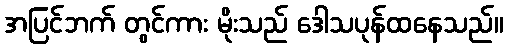
အပြင်ဘက် တွင်ကား မိုးသည် ဒေါသပုန်ထနေသည်။